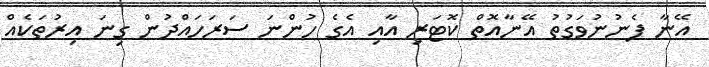
އޭނާ ފެނުނުވަގުތު އޭނާއޮތް ކޮޓަރި އާއި އެގެ ހުންނަ ސަރަހައްދުން ގިނަ އިރުތަކެއް